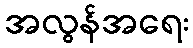
အလွန်အရေး